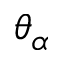
\theta _ { \alpha }